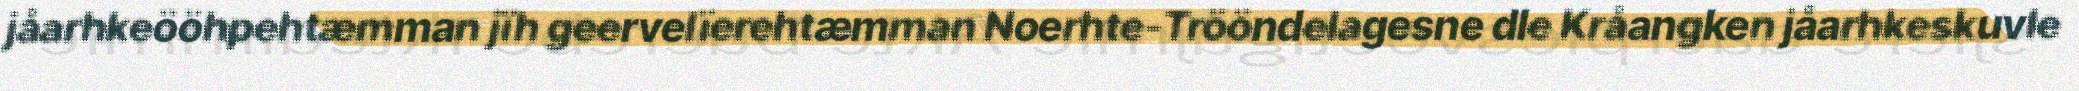
jåarhkeööhpehtæmman jïh geervelïerehtæmman Noerhte-Trööndelagesne dle Kråangken jåarhkeskuvle